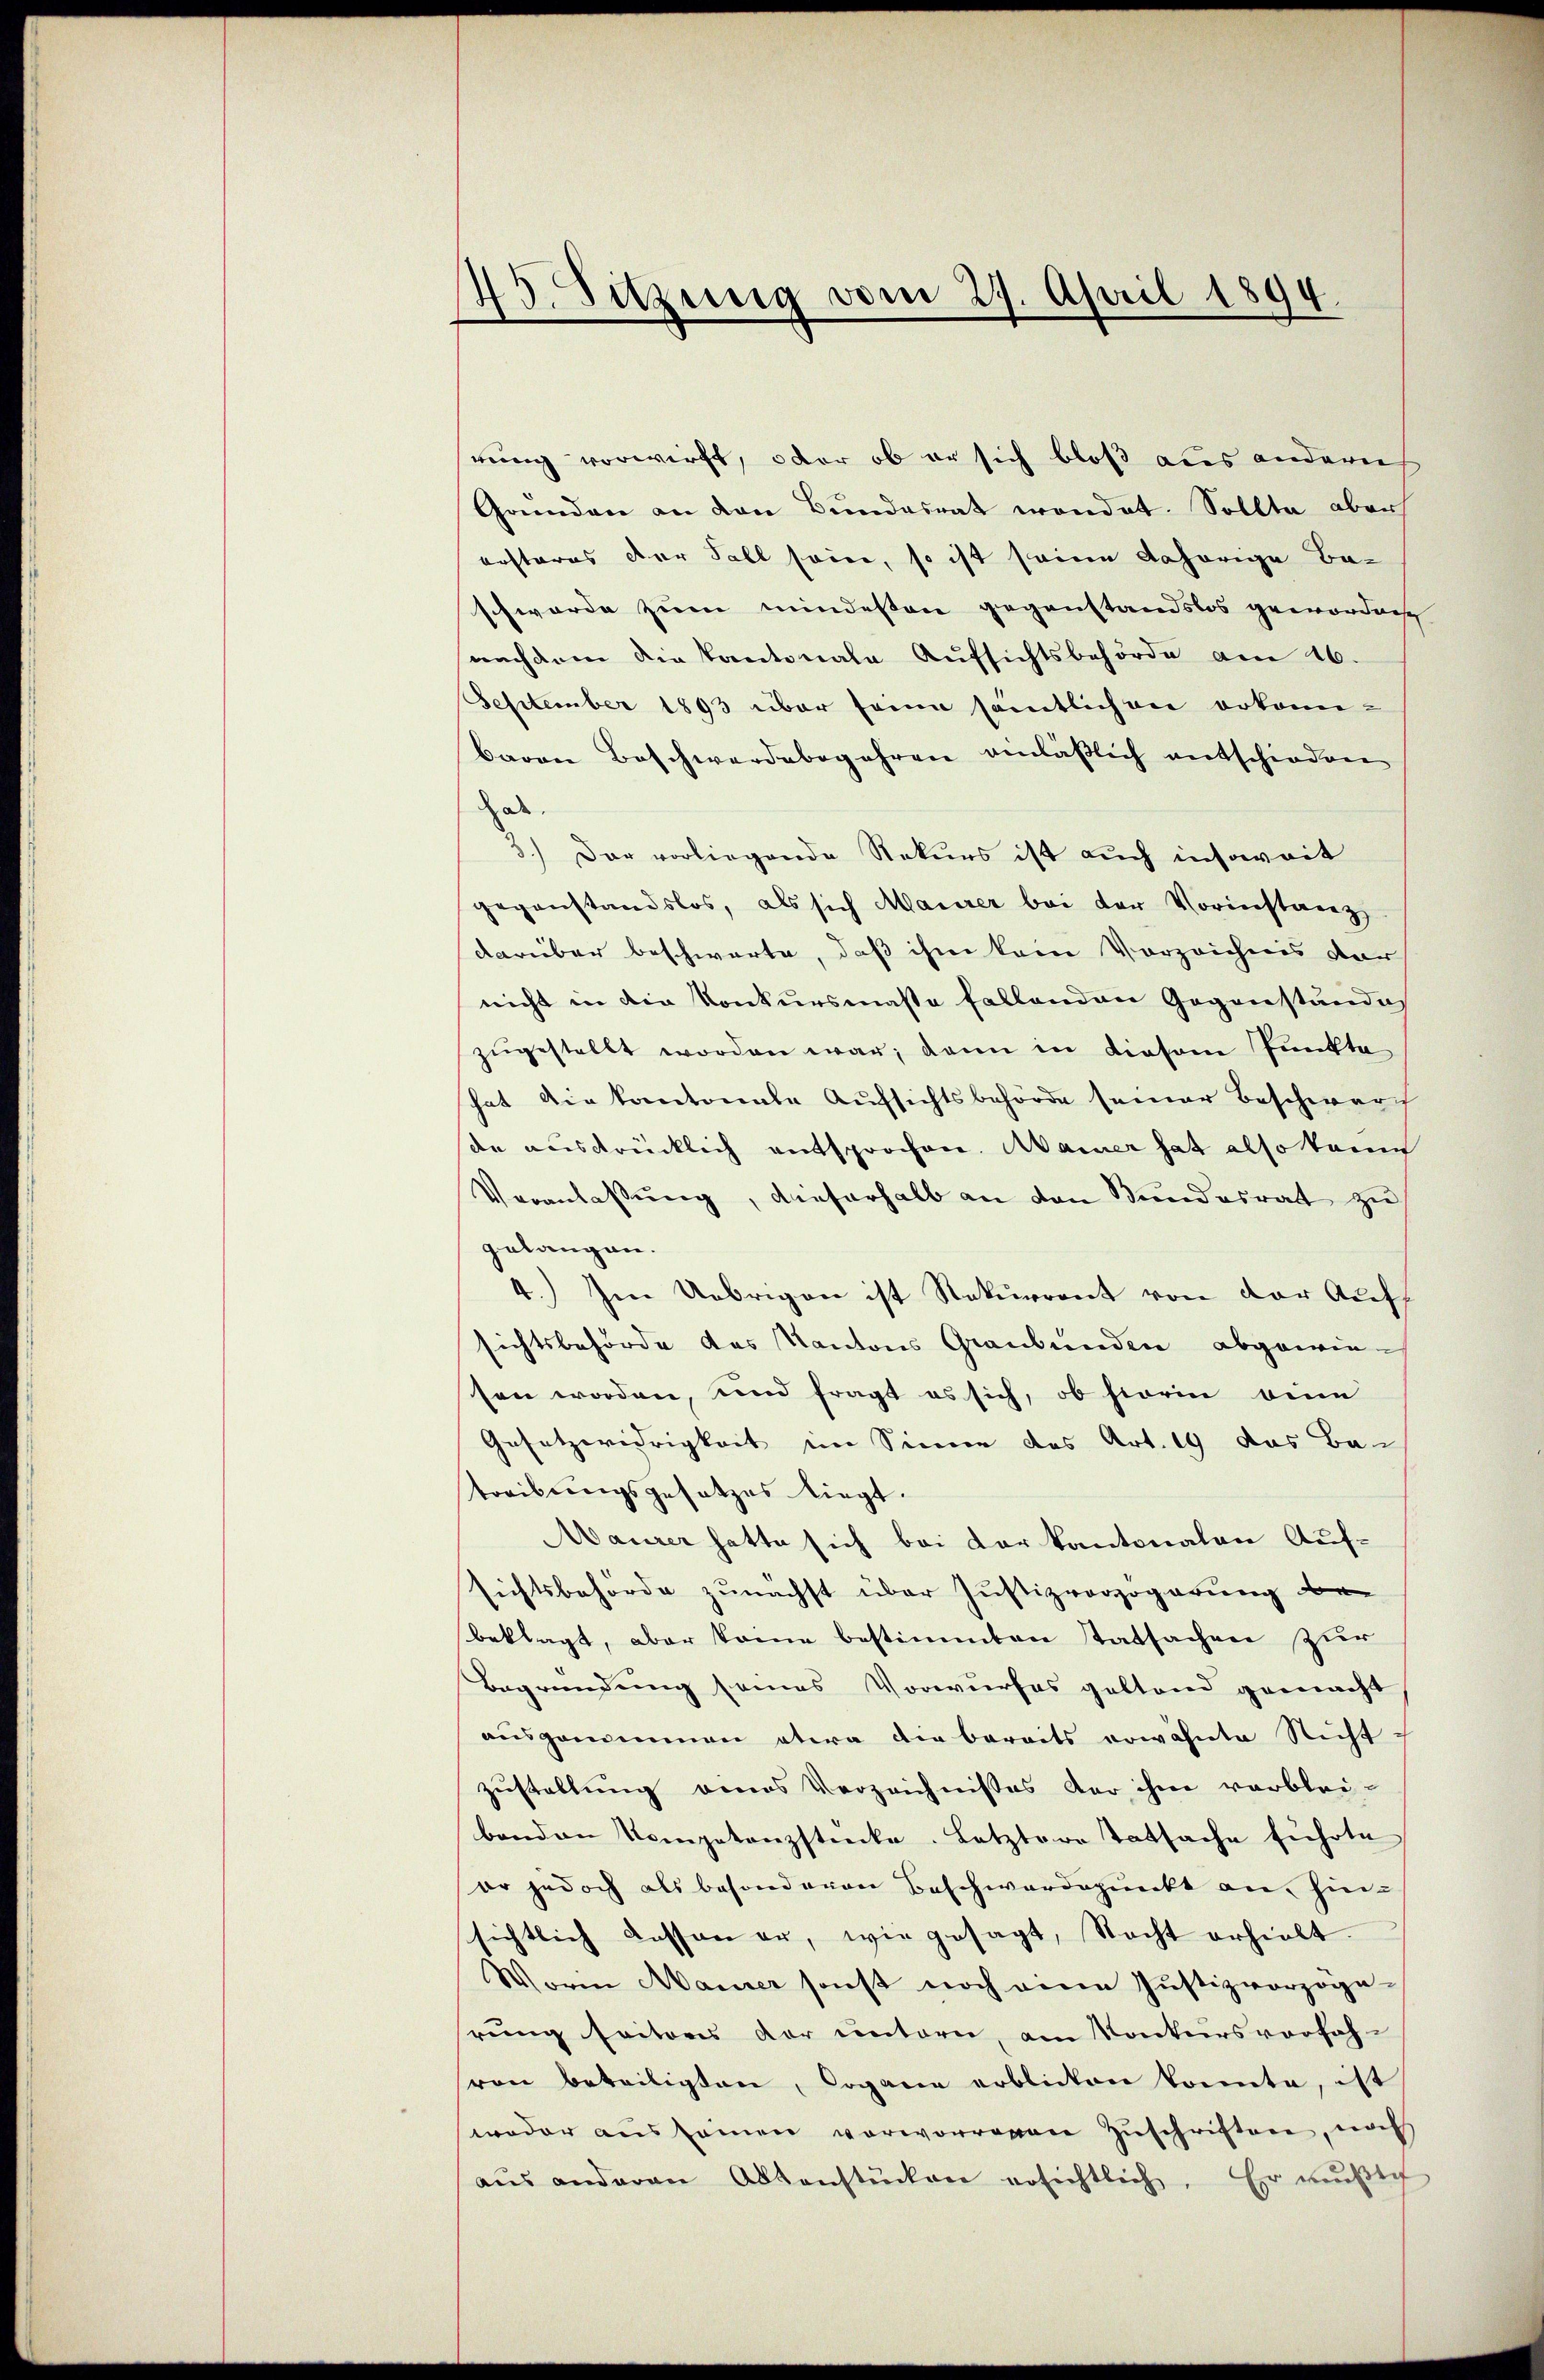
1
Sitzung vom 29. April 1894.

rung verwirft, oder ob er sich bloß aus andern
Gründen an den Bŭndesrat wordet. Sollte aber
ersteres der Soll seine, so ist seine daherige Be-
schwerde zum mindesten gegenstandslos gewordene
nachdem die Kantonale Aufsichtsbehörde am 16.
September 1893 über seine sämtlichen erkann-
baren Beschwerdebegehren anläßlich entschiedene
de
3.) Der vorliegende Rekurs ist auch insoweit
gegenstandslos, als sich Maurer bei der Vorienstanz
darüber beschwarte, daß ihm kein Vorzeichnis dar
nicht in die Konkursmasse fallenden Gegenständig
zŭgestellt worden war; dann in diesem Punkte
hat die kantonale Aufsichtsbehörde seiner Beschwere
de ausdrücklich entsprochen. Maier hat also kann
Veranlassung, dieserhalb an den Bundesrat zu
gelangen.
4.) Im Uebrigen ist Rekurrent von der Auf
sichtsbehörde des Kantons Graubünden abgewiesen worden, und fragt es sich, ob storin eine
Gesetzwidrigkeit im Sinne des Art. 19 das Bau
treibungsgesetzes liegt.
Maurer hatte sich bei der kantonalen Aufsichtsbehörde zunächst über Justizvorzogarung bebeklagt, aber könne bestimmten Tatsachen zur
Begründung seines Vorwurfes geltend gemacht
ausgenommen etwa die bereits erwähnte Nicht
zustellung eines Verzeichnisses der ihm verbleibanden Kompetenzstücke. Letztere Tatsache führte
er jedoch als besonderen Beschwerdepunkt an, hin-
sichtlich dessen er, wie gesagt, Nacht erhielt.
Worin Maurer sonst noch einen Justizvorzogerung sectores der untern, am Konkursvorfahvon beteiligten, Dogane erblicken konnte, ist
weder aussamen vorworragen Zuschriften, nach
aŭs anderen Aktenstücken ersichtlich. Er mŭβtch